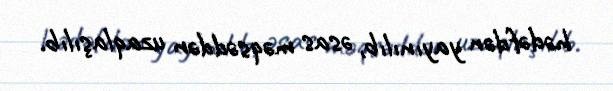
hədəfdən yayınılıb, əsas məqsəddən uzaqlaşılıb.